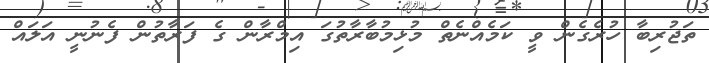
ތަޖުރިބާ ހުރެގެން ވީ ކަމެއްނެތް މުޅިމުބާރާތުގަ އިމްރާން ގެ ފަރާތުން ފެނުނީ އަލައް